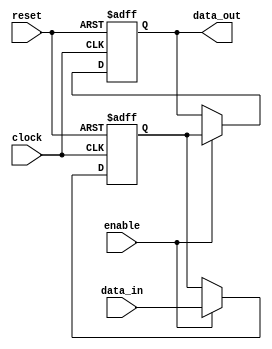
module sequential_logic (
    input wire clock,          // Clock input
    input wire reset,          // Asynchronous reset input
    input wire enable,         // Enable signal for state transition
    input wire [3:0] data_in,  // 4-bit input data
    output reg [3:0] data_out   // 4-bit output data
);

// State variable
reg [3:0] state;

// Always block triggered on clock edges and reset
always @(posedge clock or posedge reset) begin
    if (reset) begin
        // Asynchronous reset
        state <= 4'b0000;      // Initialize state to 0
        data_out <= 4'b0000;   // Initialize output to 0
    end else if (enable) begin
        // State update logic
        state <= data_in;      // Load new data into state
        data_out <= state;     // Update output based on state
    end
end

endmodule